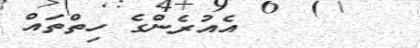
އެއުރެންގެ ހިތްތައް